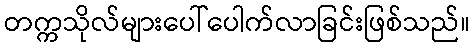
တက္ကသိုလ်များပေါ်ပေါက်လာခြင်းဖြစ်သည်။